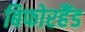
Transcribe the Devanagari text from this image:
बिफोरहैंड